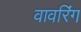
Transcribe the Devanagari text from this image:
वावरिंग